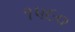
૧૫૯૦